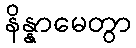
နိန္နာမေတွာ